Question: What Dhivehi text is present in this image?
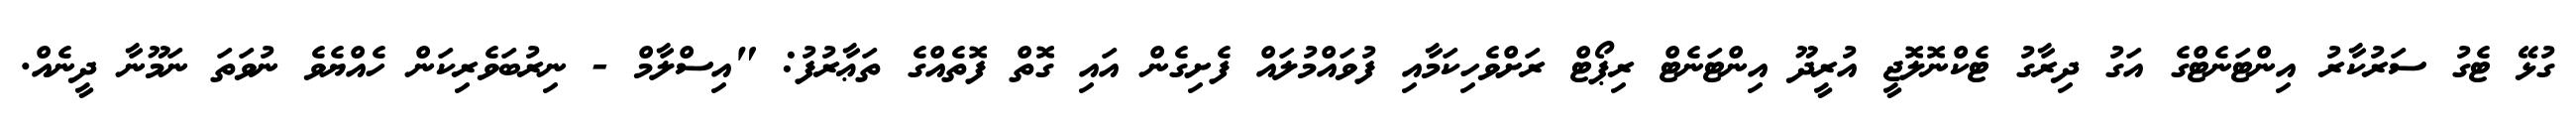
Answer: ގުޅޭ ޓެގު ސަރުކާރު އިންޓަނެޓްގެ އަގު ދިރާގު ޓެކްނޮލޮޖީ އުރީދޫ އިންޓަނެޓް ރިޕޯޓް ރަށްވެހިކަމާއި ފުވައްމުލައް ފެށިގެން އައި ގޮތް ފޮތެއްގެ ތަޢާރުފު: "އިސްލާމް - ނިރުބަވެރިކަން ހެއްޔެވެ ނުވަތަ ނަމޫނާ ދީނެއް.